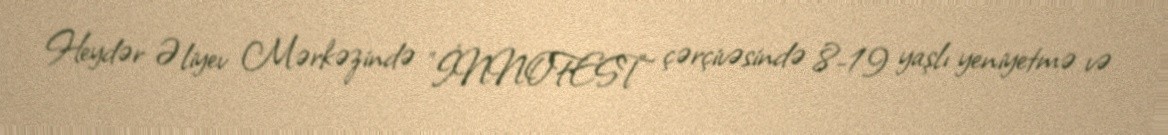
Heydər Əliyev Mərkəzində "İNNOFEST" çərçivəsində 8-19 yaşlı yeniyetmə və